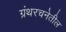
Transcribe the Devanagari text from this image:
ग्रंथरचनेतील